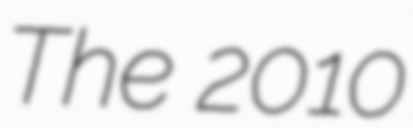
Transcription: The 2010